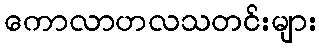
ကောလာဟလသတင်းများ